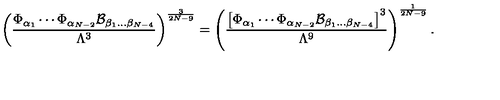
\left( { \frac { \Phi _ { \alpha _ { 1 } } \cdots \Phi _ { \alpha _ { N - 2 } } { \cal B } _ { \beta _ { 1 } \dots \beta _ { N - 4 } } } { \Lambda ^ { 3 } } } \right) ^ { \frac { 3 } { 2 N - 9 } } = \left( { \frac { \left[ \Phi _ { \alpha _ { 1 } } \cdots \Phi _ { \alpha _ { N - 2 } } { \cal B } _ { \beta _ { 1 } \dots \beta _ { N - 4 } } \right] ^ { 3 } } { \Lambda ^ { 9 } } } \right) ^ { \frac { 1 } { 2 N - 9 } } .